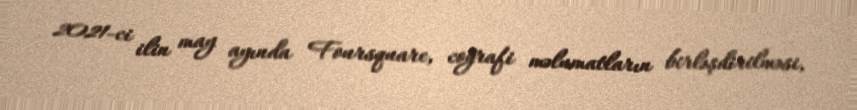
2021-ci ilin may ayında Foursquare, coğrafi məlumatların birləşdirilməsi,